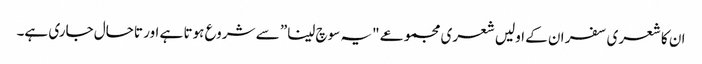
ان کا شعری سفر ان کے اولیں شعری مجموعے "یہ سوچ لینا” سے شروع ہوتا ہے اور تاحال جاری ہے۔